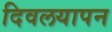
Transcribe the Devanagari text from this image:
दिवलयापन